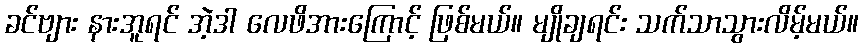
ခင်ဗျား နားအူရင် အဲ့ဒါ လေဖိအားကြောင့် ဖြစ်မယ်။ မျိုချရင်း သက်သာသွားလိမ့်မယ်။